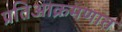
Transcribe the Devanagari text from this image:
प्रतिआक्रमणात